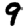
Digit: 9